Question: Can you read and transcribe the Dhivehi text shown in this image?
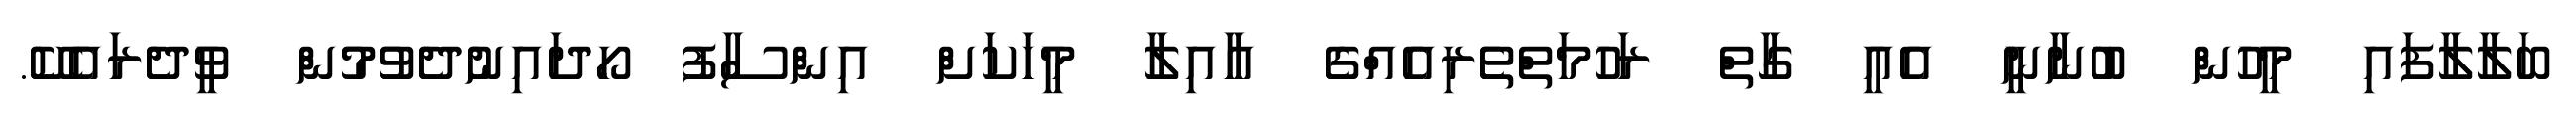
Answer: ބަލާލާފައި މީހުން ބުނާނީ އެއީ ގާތް ރަހުމަތްތެރިއެއްގެ އާއިލާ މީހަކަށް އިންސާފު ހޯދައިނުދެވުމުން ވީދެރައެކޭ.